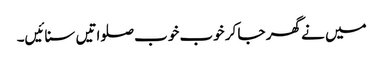
میں نے گھر جا کر خوب خوب صلواتیں سنائیں۔